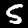
Digit: 5